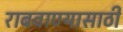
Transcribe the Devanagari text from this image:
राबवाण्यासाठी